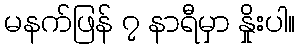
မနက်ဖြန် ၇ နာရီမှာ နှိုးပါ။